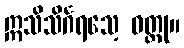
ဣသိသိင်္ဂရသေ့ ဝတ္ထု။